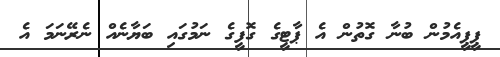
ޕީޕީއެމުން ބުނާ ގޮތުން އެ ޕާޓީގެ ގޮފީގެ ނަމުގައި ބަޔާނެއް ނެރޭނަމަ އެ